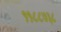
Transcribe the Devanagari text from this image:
११८८७३८